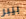
بيبر